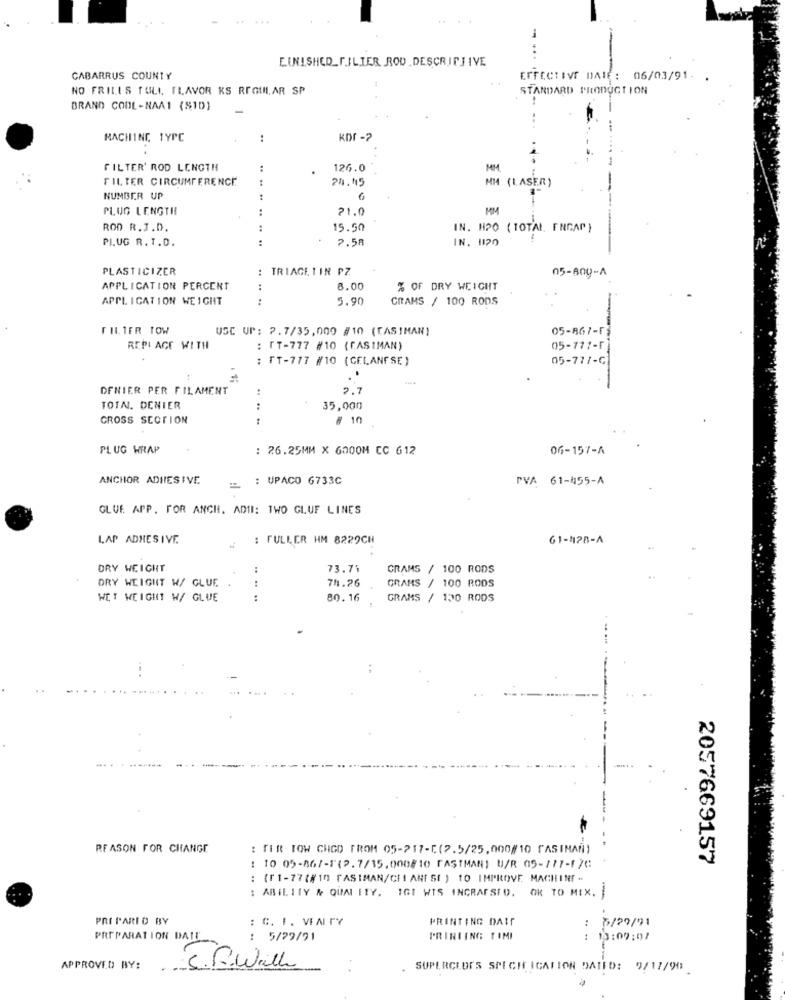
FINISHED_FILIER ROU DESCRIPJIVE
CABARRUS COUNTY
EFFECTIVE DAIE: 06/03/91. .
NO FRILLS TULL FLAVOR KS REGULAR SP
STANDARD PRODUCTION
BRAND COOL-NAA1 ($1D)
MACHINE TYPC
..
KDF -?
FILTER' ROD LENGTH
126.0
MM
FILTER CIRCUMFERENCE
24.05
MM (LASER)
NUMBER UP
PLUG LENGTH
21.0
MM
ROD R.J.D.
15.50
IN. HPO ( TOTAL, ENGAP )
PLUG R. T.D.
:
2.58
IN. 1120
PLASTICIZER
: TRIAGE TIN PZ
05-809-A
APPLICATION PERCENT
:
8.00
% OF DRY WEIGHT
APPLICATION WEIGHT
..
5.90
GRAMS / 100 RODS
FILIFR LOW
USC UP: 2.7/35,000 #10 (CASIMAN)
05-867-53
REPI ACE WITH
: IT-777 #10 (CASIMAN)
05-777-F
IT-777 #10 (CELANFSE)
05-77/-G
.
DENIER PER FILAMENT
:
2.1
TOTAL. DENIER
35,000
CROSS SECTION
10
PLUG WRAP
: 26.25MM X 6000M CC 612
06-157-A
ANCHOR ADHESIVE
: UPACO 6733C
PVA 61-455-A
GLUE APP. FOR ANCH. ADII: TWO GLUF LINES
LAP ADHESIVE.
: FULLER HM 8229CH
61-128-A
DRY WEIGHT
73.71
CRAMS / 100 RODS
DRY WEIGHT W/ GLUE
74.26
GRAMS / 100 RODS
WET WEIGHT W/ GLUE
80.16
GRAMS / 130 RODS
...
--
REASON FOR CHANGE
: TER TOW CHGD FROM 05-217-5(2.5/25,000/10 KASIMAf)
2057669157
: 10 05-867-1(2.7/35.000/10 FASTMAN) U/R 05-177-170
: (f1-77 (8 10 FASIMAN/CE! ANF SI ) 10 IMPROVE MACHINE -
: ABILITY & QUALITY. IGI WIS INGRAFSED. OK TO MIX.
-
PRI PARI D BY
: C. I. VEAITY
PRINTING DAIT
5/29/91
PREPARATION DAIL
: 5/79/91
PRINTING TIMI
: 13:09:07
APPROVED BY:
S. R. with
.
SUPERCEDES SPECIFICATION DATED: 9/17/90